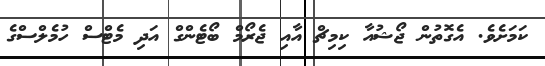
ކަމަށެވެ. އެގޮތުން ޖޯޝުއާ ކިމިޗް އާއި ޖެރޯމް ބޯޓެންގް އަދި މެޓްސް ހުމެލްސްގެ